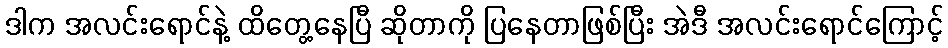
ဒါက အလင်းရောင်နဲ့ ထိတွေ့နေပြီ ဆိုတာကို ပြနေတာဖြစ်ပြီး အဲဒီ အလင်းရောင်ကြောင့်